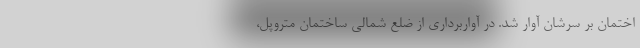
اختمان بر سرشان آوار شد. در آواربرداری از ضلع شمالی ساختمان متروپل،